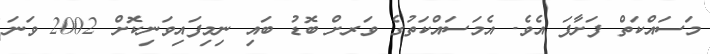
މަސައްކަތް ފަށާފަ އެވެ. އެމަސައްކަތުގެ ވަަރށް ބޮޑު ބައި ނިމިފައިވަނިކޮށް 2002 ވަނަ